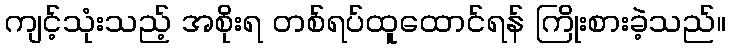
ကျင့်သုံးသည့် အစိုးရ တစ်ရပ်ထူထောင်ရန် ကြိုးစားခဲ့သည်။